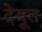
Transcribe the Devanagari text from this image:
देबूत